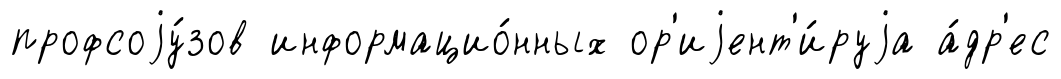
профсоjу́зов информацио́нных ор'иjент'и́руjа а́др'ес